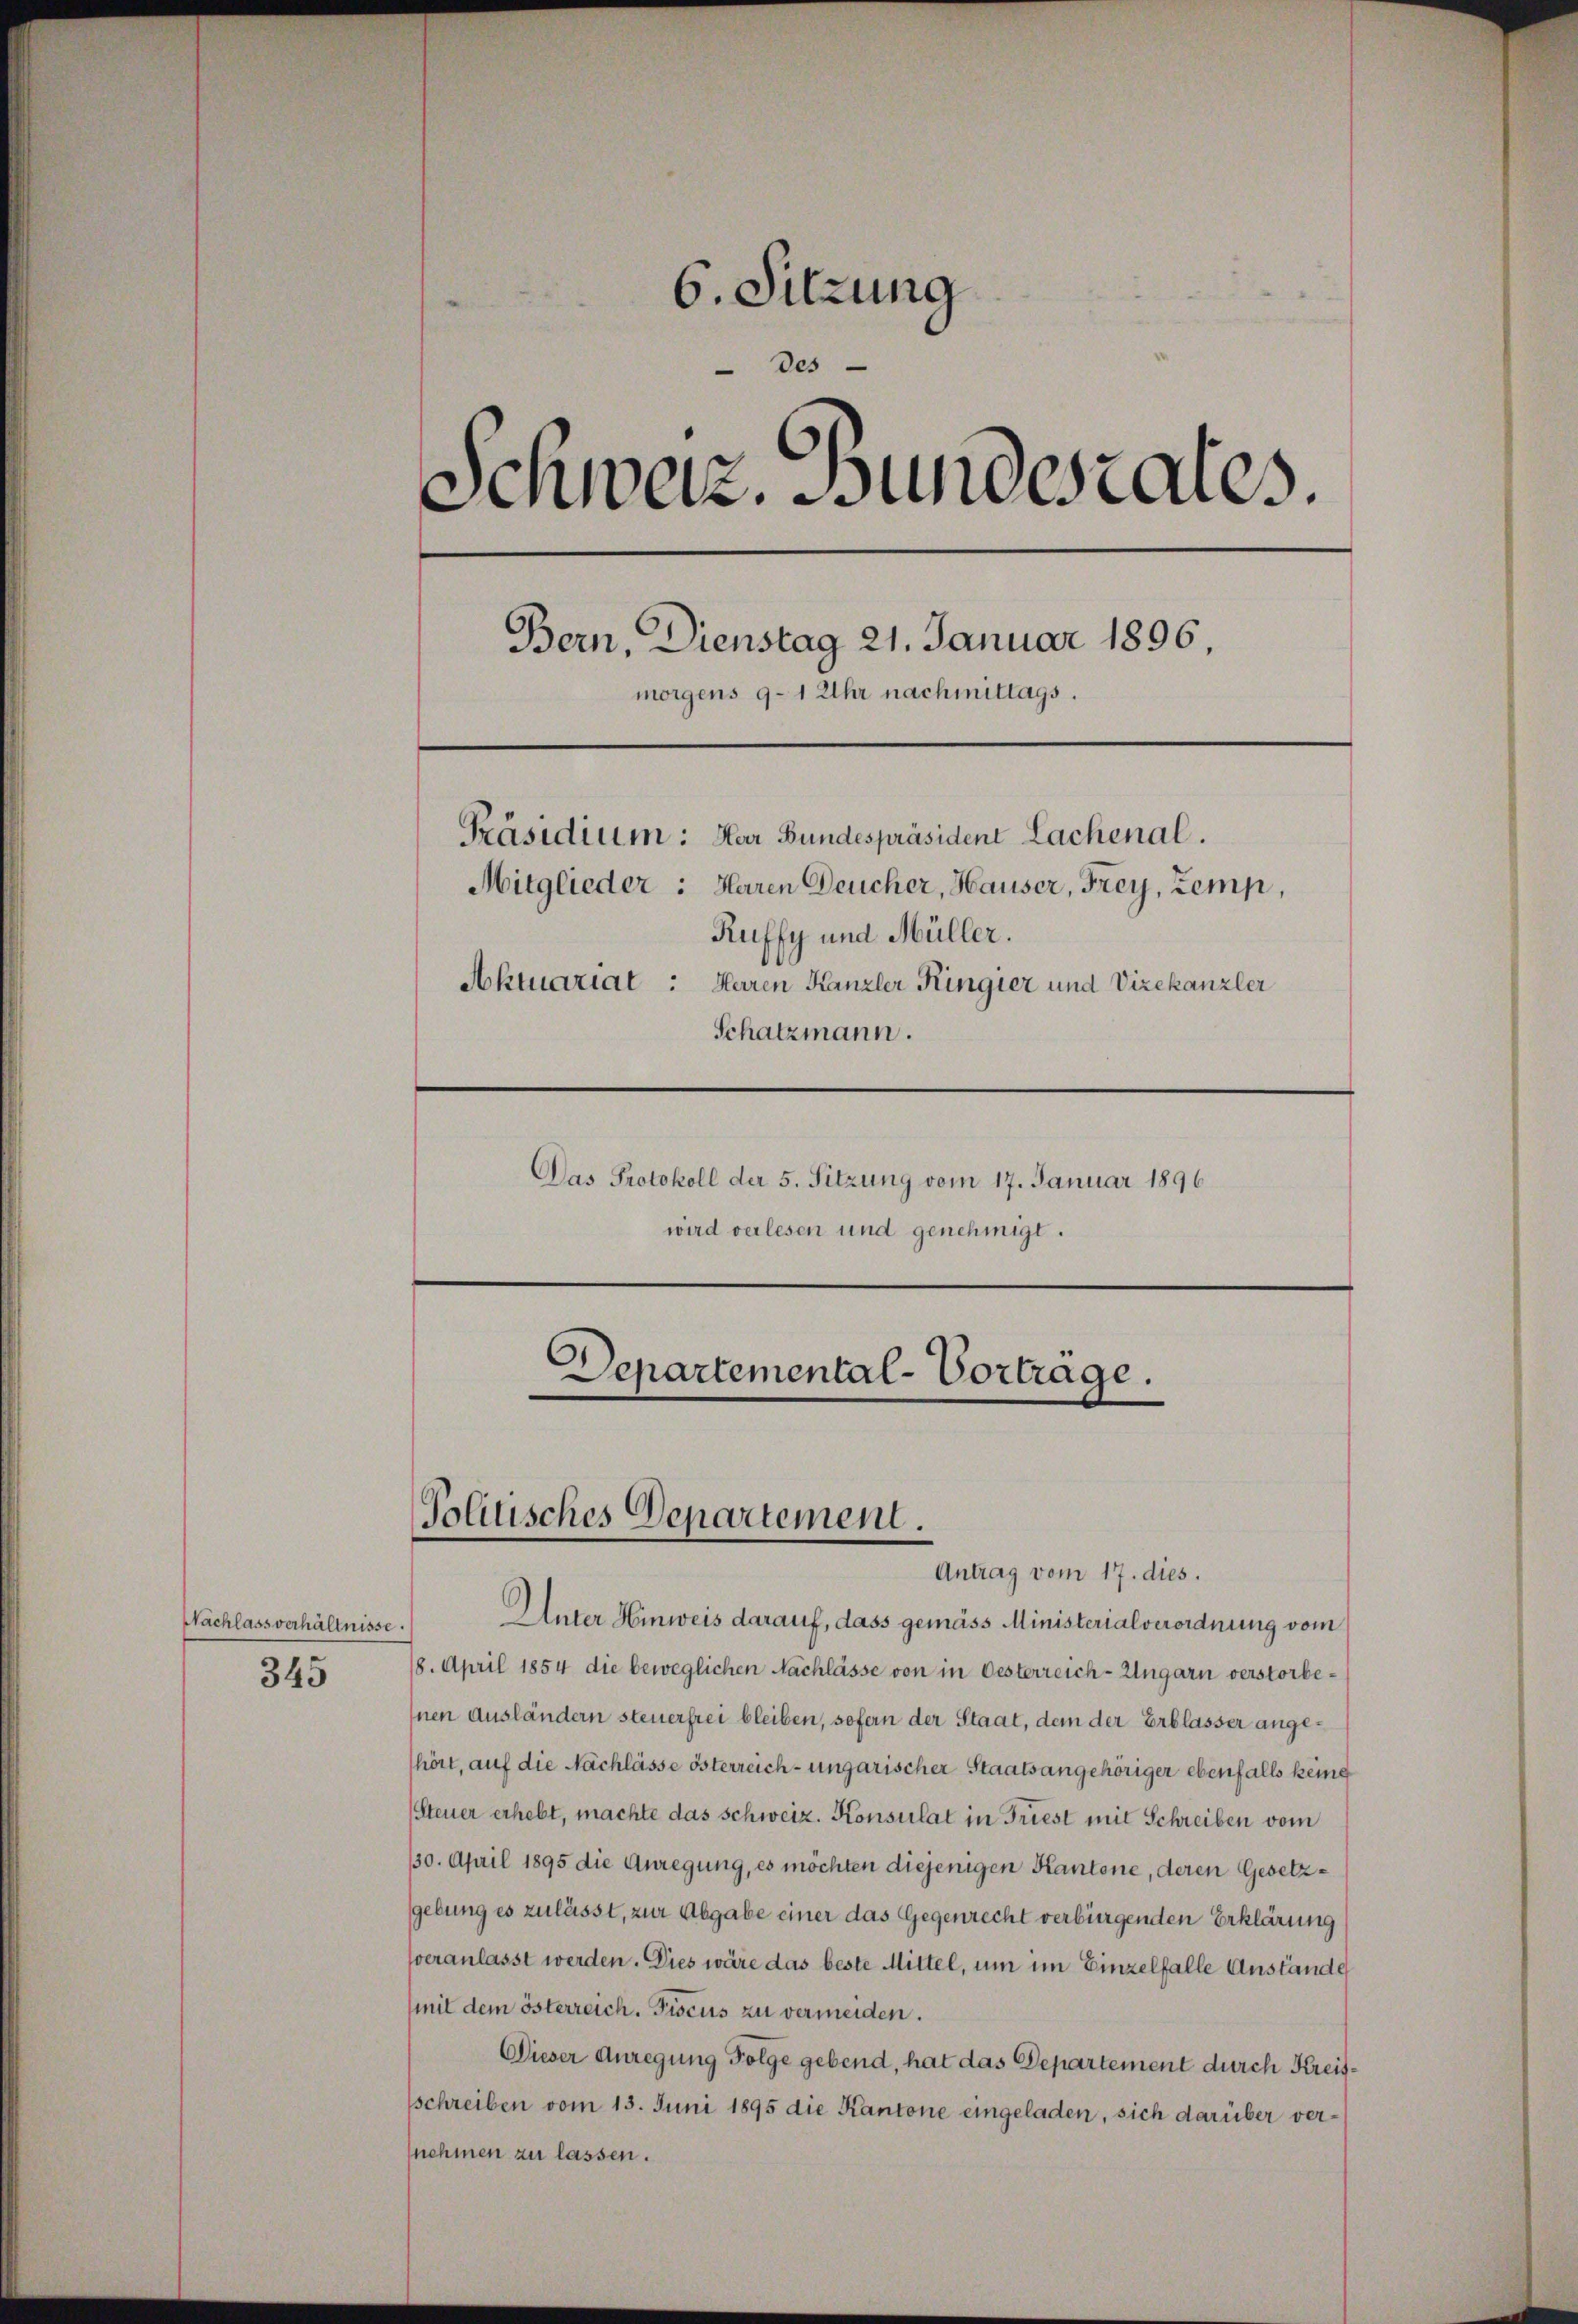
Nachlassverhältnisse.
345

6. Sitzung
Des
Schweiz. Bundesrates.
Bern, Dienstag 21. Januar 1896,
morgens 9-1 Uhr nachmittags.
Präsidium: Har Bundespräsident Lachenal.
Mitglieder: Heren Deucher, Hauser, Frey, Zemp,
Ruffy und Müller.
Aktuariat: Herren Kanzler Ringier und Vizekanzler
Schatzmann.
Das Protokoll der 5. Sitzung vom 17. Januar 1896
wird verlesen und genehmigt.
Departemental-Vortrage.

Politisches Departement.

Antrag vom 17. dies.
Unter Hinweis darauf, dass gemäss Ministerialverordnung vom
18. April 1854 die beweglichen Nachlässe von in Oesterreich-Ungarn verstorbe¬
Inen Ausländern steuerfrei bleiben, sofern der Staat, dem der Erblasser angehört, auf die Nachlässe österreich-ungarischer Staatsangehöriger ebenfalls keine
Steuer erhebt, machte das Schweiz. Konsulat in Friest mit Schreiben vom
130. April 1895 die Anregung, es möchten diejenigen Kantone, deren Gesetzgebung es zulässt, zur Abgabe einer das Gegenrecht verbürgenden Erklärung
veranlasst werden. Dies wäre das beste Mittel, um im Einzelfalle Anstande
mit dem österreich. Fiscus zu vermeiden.
Dieser Anregung Folge gebend, hat das Departement durch Kreisschreiben vom 13. Juni 1895 die Kantone eingeladen, sich darüber vernehmen zu lassen.